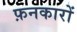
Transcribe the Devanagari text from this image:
फ़नकारों